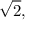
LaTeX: { \sqrt { 2 } } ,